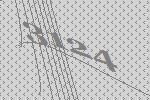
3124